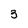
Character: 3